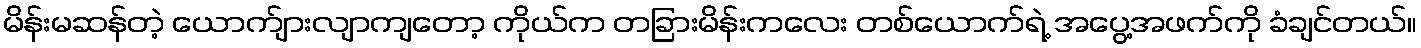
မိန်းမဆန်တဲ့ ယောက်ျားလျာကျတော့ ကိုယ်က တခြားမိန်းကလေး တစ်ယောက်ရဲ့ အပွေ့အဖက်ကို ခံချင်တယ်။